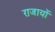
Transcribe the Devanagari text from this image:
राजायों